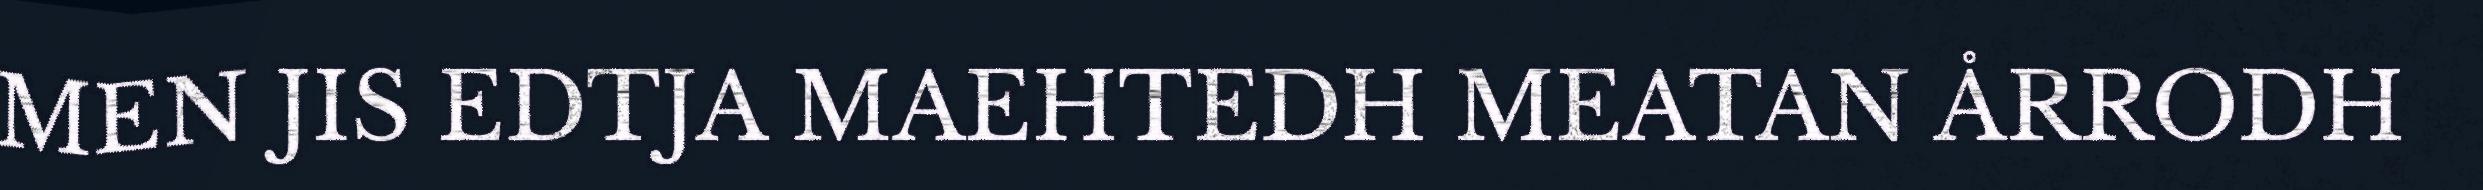
MEN JIS EDTJA MAEHTEDH MEATAN ÅRRODH